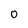
Character: 0